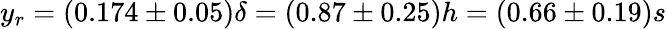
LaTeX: y_{r}=(0.174\pm 0.05)\delta=(0.87\pm 0.25)h=(0.66\pm 0.19)s